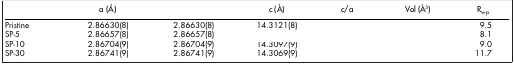
<table><thead><tr><td>[EMPTY_CELL]</td><td><b>a (Å)</b></td><td>[EMPTY_CELL]</td><td><b>c (Å)</b></td><td><b>c/a</b></td><td><b>Vol (Å<sup>3</sup>)</b></td><td><b>R<sub>wp</sub></b></td></tr></thead><tbody><tr><td>Pristine</td><td>2.86630(8)</td><td>2.86630(8)</td><td>14.3121(8)</td><td>[EMPTY_CELL]</td><td>[EMPTY_CELL]</td><td>9.5</td></tr><tr><td>SP-5</td><td>2.86657(8)</td><td>2.86657(8)</td><td>[EMPTY_CELL]</td><td>[EMPTY_CELL]</td><td>[EMPTY_CELL]</td><td>8.1</td></tr><tr><td>SP-10</td><td>2.86704(9)</td><td>2.86704(9)</td><td>14.3097(9)</td><td>[EMPTY_CELL]</td><td>[EMPTY_CELL]</td><td>9.0</td></tr><tr><td>SP-30</td><td>2.86741(9)</td><td>2.86741(9)</td><td>14.3069(9)</td><td>[EMPTY_CELL]</td><td>[EMPTY_CELL]</td><td>11.7</td></tr></tbody></table>